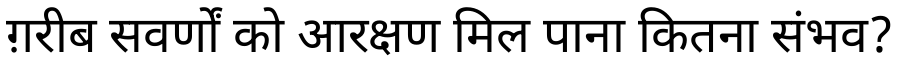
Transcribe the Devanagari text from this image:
ग़रीब सवर्णों को आरक्षण मिल पाना कितना संभव?